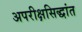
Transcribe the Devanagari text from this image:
अपरीक्षसिद्धांत